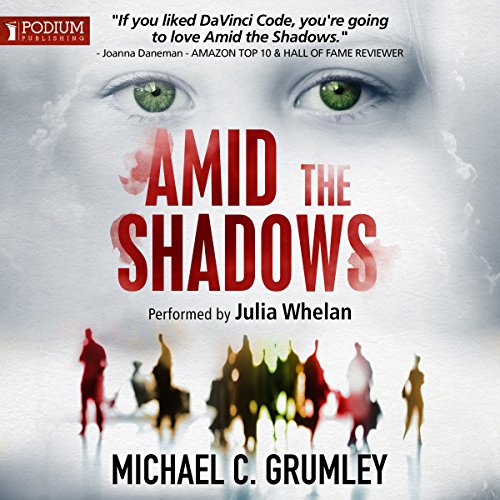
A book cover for Amid the Shadows; Michael C. Grumley; Mystery, Thriller & Suspense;